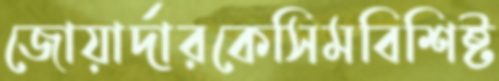
জোয়ার্দারকেসিমবিশিষ্ট